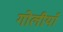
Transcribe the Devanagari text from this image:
गोलीयाँ